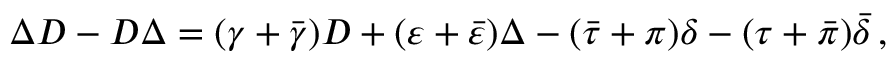
\Delta D - D \Delta = ( \gamma + { \bar { \gamma } } ) D + ( \varepsilon + { \bar { \varepsilon } } ) \Delta - ( { \bar { \tau } } + \pi ) \delta - ( \tau + { \bar { \pi } } ) { \bar { \delta } } \, ,